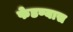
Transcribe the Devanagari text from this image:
फेडण्यास